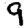
Digit: 9